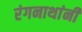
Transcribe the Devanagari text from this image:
रंगनाथांनी